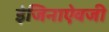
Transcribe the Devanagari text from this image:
इंजिनाऐवजी